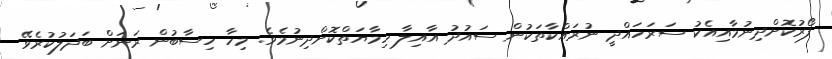
ފޯރުކޮށްދިނުމާއިއެކު ސަރަހައްދީ ނުރައްކާތަކުން ސައުދު އާއިލާ ހިމާޔަތްކޮށްދިނުމެވެ. މިހާ ހިސާބުން ރަނަށް ބަދަލުކުރެވޭ